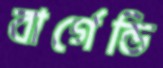
বার্গেন্ডি